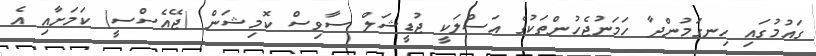
ގައުމުގައި ހިނގަމުންދާ ހަމަނުޖެހުންތަކުގެ އަސްލަކީ ޖުޑީޝަލް ސާވިސް ކޮމިޝަން (ޖޭއެސްސީ) ކަމަށާއި އެ